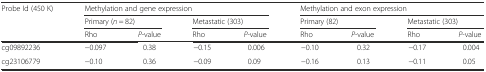
<table><thead><tr><td rowspan="3"><b>Probe Id (450 K)</b></td><td colspan="4"><b>Methylation and gene expression</b></td><td colspan="4"><b>Methylation and exon expression</b></td></tr><tr><td colspan="2"><b>Primary (<i>n</i> = 82)</b></td><td colspan="2"><b>Metastatic (303)</b></td><td colspan="2"><b>Primary (82)</b></td><td colspan="2"><b>Metastatic (303)</b></td></tr><tr><td><b>Rho</b></td><td><b><i>P</i>-value</b></td><td><b>Rho</b></td><td><b><i>P</i>-value</b></td><td><b>Rho</b></td><td><b><i>P</i>-value</b></td><td><b>Rho</b></td><td><b><i>P</i>-value</b></td></tr></thead><tbody><tr><td>cg09892236</td><td>−0.097</td><td>0.38</td><td>−0.15</td><td>0.006</td><td>−0.10</td><td>0.32</td><td>−0.17</td><td>0.004</td></tr><tr><td>cg23106779</td><td>−0.10</td><td>0.36</td><td>−0.09</td><td>0.09</td><td>−0.16</td><td>0.13</td><td>−0.11</td><td>0.05</td></tr></tbody></table>